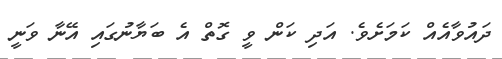
ދައުވާއެއް ކަމަށެވެ. އަދި ކަން ވީ ގޮތް އެ ބަޔާނުގައި އޭނާ ވަނީ